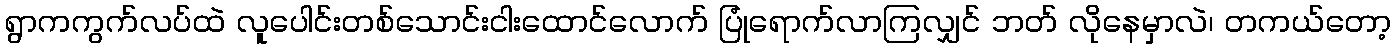
ရွာကကွက်လပ်ထဲ လူပေါင်းတစ်သောင်းငါးထောင်လောက် ပြုံရောက်လာကြလျှင် ဘတ် လိုနေမှာလဲ၊ တကယ်တော့